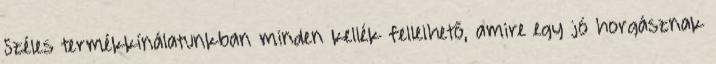
Széles termékkínálatunkban minden kellék fellelhető, amire egy jó horgásznak